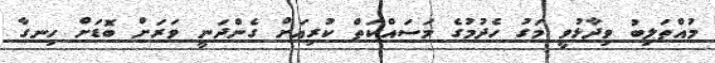
މުއްތަލިބު ވިދާޅުވީ މަގު ހެދުމުގެ މަސައްކަތް ކުރިއަށް ގެންދަނީ ވަރަށް ބޮޑަށް ހިނގާ